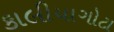
કાલીયાગોટા